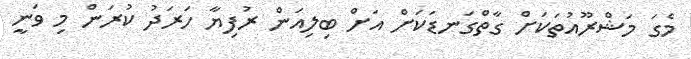
މެގަ މަޝްރޫއުތަކަށް ގާތްގަނޑަކަށް އަށް ބިލިއަން ރުފިޔާ ހަރަދު ކުރަން މި ވަނީ